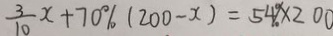
\frac { 3 } { 1 0 } x + 7 0 \% ( 2 0 0 - x ) = 5 4 \% \times 2 0 0